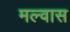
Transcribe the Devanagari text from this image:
मल्वास